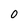
Character: 0